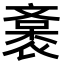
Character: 𧜯